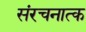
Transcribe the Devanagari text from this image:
संरचनात्क